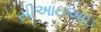
સીઆઇઆઇ